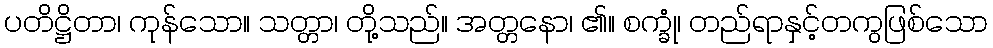
ပတိဋ္ဌိတာ၊ ကုန်သော။ သတ္တာ၊ တို့သည်။ အတ္တနော၊ ၏။ စက္ခုံ၊ တည်ရာနှင့်တကွဖြစ်သော